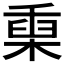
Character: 𣖄